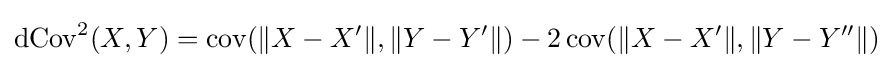
\operatorname {dCov} ^{2}(X,Y)=\operatorname {cov} (\|X-X'\|,\|Y-Y'\|)-2\operatorname {cov} (\|X-X'\|,\|Y-Y''\|)